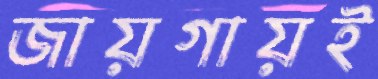
জায়গায়ই